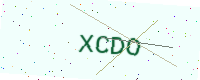
Text: XCDO